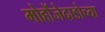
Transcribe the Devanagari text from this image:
मोहोंजेदाडोच्या